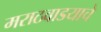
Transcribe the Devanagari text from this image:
मराठवाडयाचे